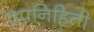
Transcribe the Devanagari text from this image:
उपनिहिती